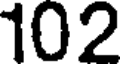
102